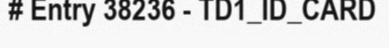
# Entry 38236 - TD1_ID_CARD